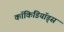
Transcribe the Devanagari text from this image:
कॉकिडियॉड्स